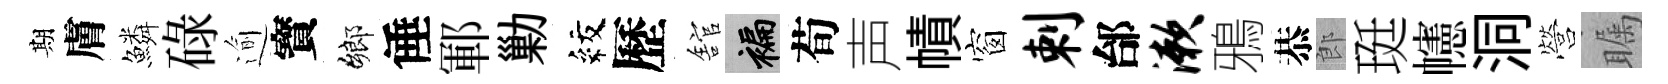
期膚鱗碌逾寳鄉倕鄆勦紋歷舘褊荀声幘窗剌邰漱鴉恭郎珽幰洞營瞩